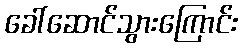
ခေါ်ဆောင်သွားကြောင်း